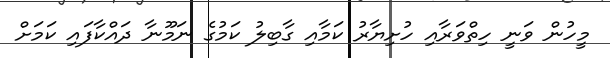
މީހުން ވަނީ ހިތްވަރާއި ހުށިޔާރު ކަމާއި ގާބިލު ކަމުގެ ނަމޫނާ ދައްކާފައި ކަމަށް